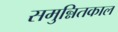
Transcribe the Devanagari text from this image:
समुन्नितकाल